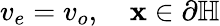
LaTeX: v_{e}=v_{o},\quad\mathbf{x}\in\partial\mathbb{H}